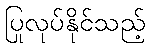
ပြုလုပ်နိုင်သည့်